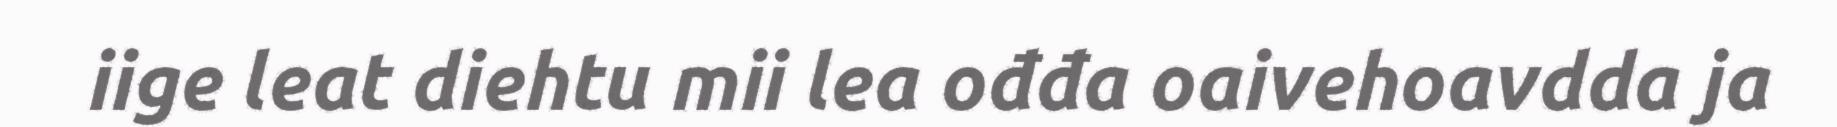
iige leat diehtu mii lea ođđa oaivehoavdda ja